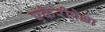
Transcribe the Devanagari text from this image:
एकेरीपेक्षा